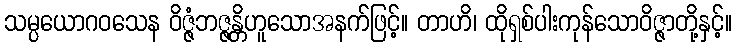
သမ္ပယောဂဝသေန ဝိဇ္ဇံဘဇ္ဇန္တိဟူသောအနက်ဖြင့်။ တာဟိ၊ ထိုရှစ်ပါးကုန်သောဝိဇ္ဇာတို့နှင့်။